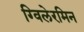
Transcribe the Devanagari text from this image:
ग्विलेरमिन